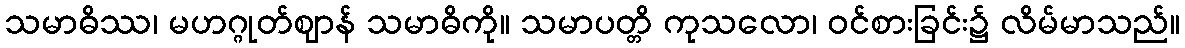
သမာဓိဿ၊ မဟဂ္ဂုတ်ဈာန် သမာဓိကို။ သမာပတ္တိ ကုသလော၊ ဝင်စားခြင်း၌ လိမ်မာသည်။